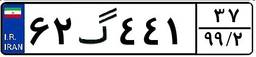
۶۲گ۴۴۱۳۷